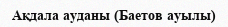
Ақдала ауданы (Баетов ауылы)